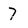
Character: 7